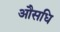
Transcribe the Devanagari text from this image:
औसधि